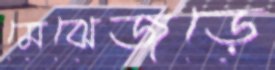
মেঝেজুড়ে